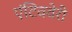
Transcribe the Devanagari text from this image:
एंटिववेरी